Martna_vallavalitsus, lk 14
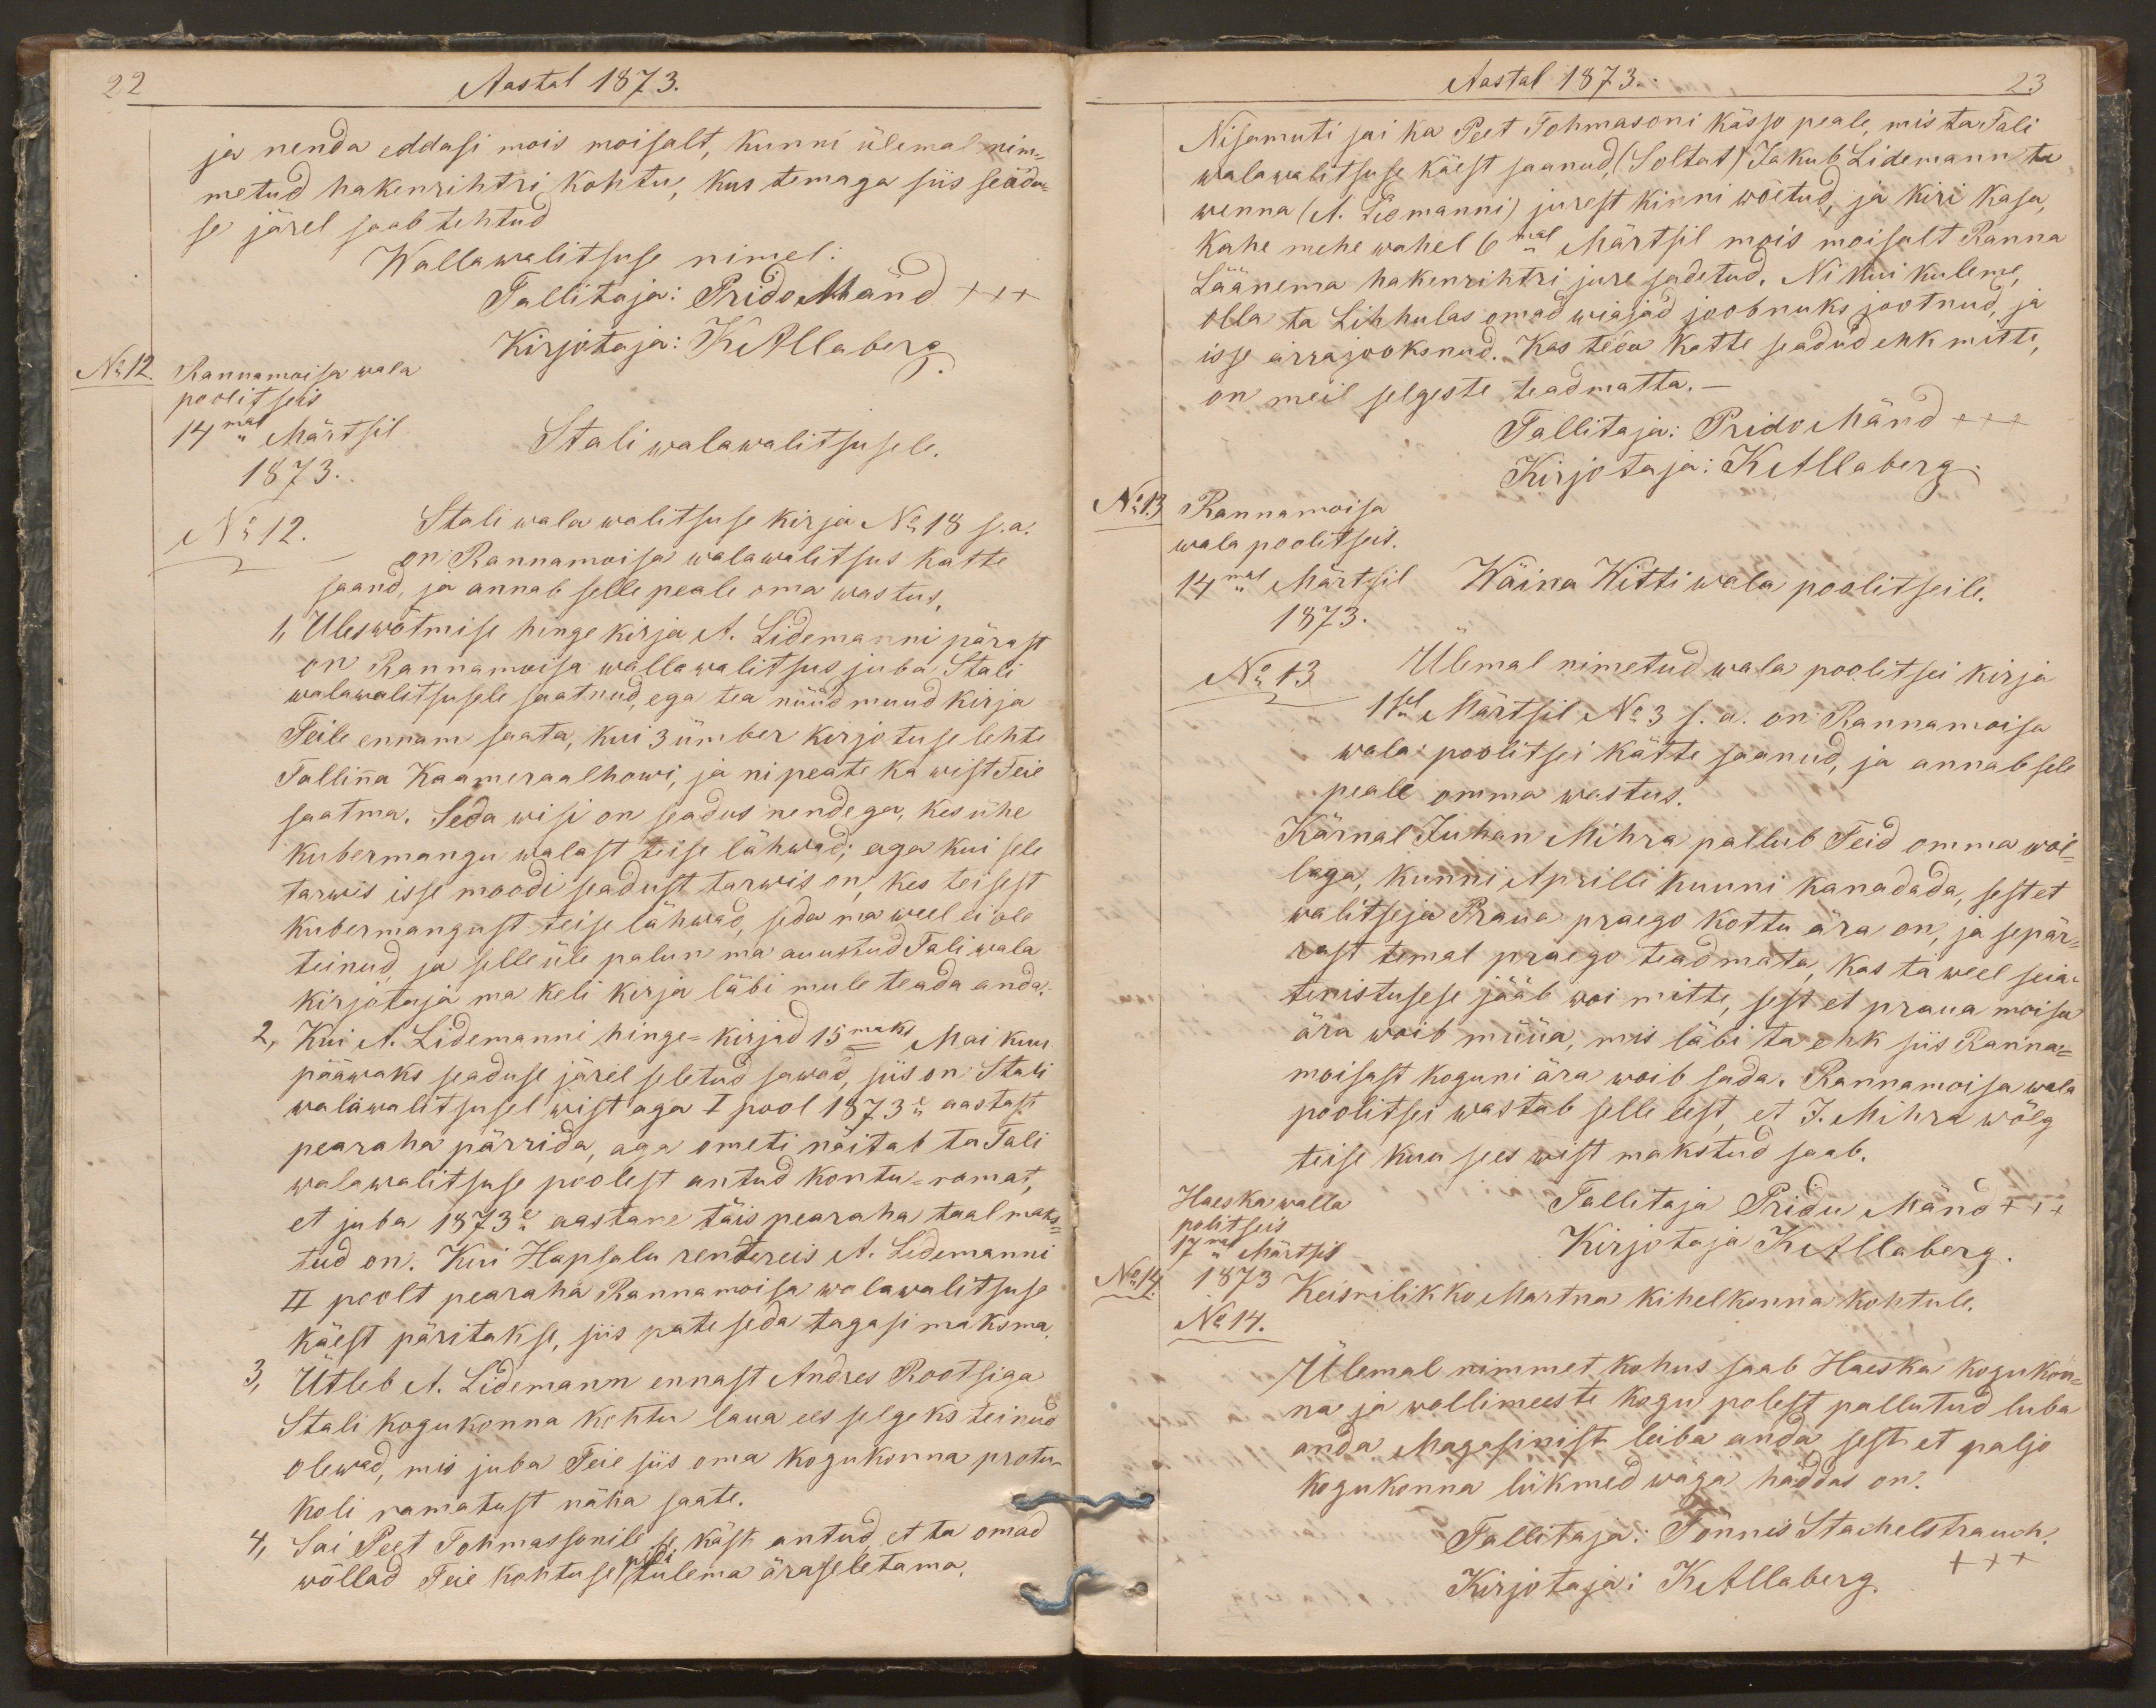
22
Aastal 1873.
ja nenda eddasi mois moisalt, kunni ülemal nim-
metud hakenrihtri kohtu, kus temaga siis seadu-
se järel saab tehtud
Wallawalitsuse nimel:
Tallitaja: Prido Mänd xxx
No12.
Rannamoisa wala
Kirjotaja: KAllaberg.
poolitseis
14mal Märtsil
Stali walawalitsusele.
1873.
No 12.
Stali wala walitsuse kirja No 18 s.a.
on Rannamoisa walawalitsus katte
saand, ja annab selle peale oma wastus.
1. Uleswõtmise hinge kirja A. Lidemanni pärast
on Rannamoisa wallawalitsus juba Stali
walawalitsusele saatnud, ega tea nüüd muud kirja
Teile ennam saata, kui 3 ümber kirjotuse lehte
Tallinna Kaameraalhowi, ja ni peate ka wist Teie
saatma. Seda wisi on seadus nendega, kes ühe
kubermangu walast teise lähwad; aga kui sele
tarwis isse moodi seadust tarwis on, kes teisest
kubermangust teise lähwad, seda ma weel ei ole
teinud, ja selle üle palun ma auustud Tali wala
kirjotaja ma keli kirja läbi mule teada anda.
2, Kui A. Lidemanni hinge-kirjad 15maks Mai kuu
pääwaks seaduse järel seletud sawad, siis on Stali
walawalitsusel wist aga I pool 1873e aastast
pearaha pärrida, aga ometi näitab ta Tali
walawalitsuse poolest antud kontu-ramat,
et juba 1873e aastane täis pearaha taal maks-
tud on. Kui Hapsalu rentereis A. Lidemanni
II poolt pearaha Rannamoisa walawalitsuse
käest päritakse, siis pate seda tagasi maksma.
3, Ütleb A. Lidemann ennast Andres Rootsiga
Stali kogukonna kohtu laua ees selgeks teinud
olewad, mis juba Teie siis oma kogukonna protu-
koli ramatust näha saate.
4, Sai Peet Tohmassonile se käsk antud et ta omad
wõllad Teie kohtuse pidi tulema äraseletama.

Aastal 1873.
23
Nisamuti sai ka Peet Tohmasoni kässo peale, mis ta Tali
walawalitsuse käest saanud, (Soltat) Jakub Lidemann ta
wenna (A. Lidmanni) jurest kinni wõetud, ja kiri kasa,
kahe mehe wahel 6mal Märtsil mois moisalt Ranna
Läänema hakenrihtri jure sadetud. Nii kui kuleme,
olla ta Lihhulas omad wiajad joobnuks jootnud, ja
isse ärrajooksnud. Kas teda kätte seadud ehk mitte,
on meil selgeste teadmatta.-
Tallitaja: Prido Mänd xxx
No 13
Rannamoisa
Kirjotaja: KAllaberg.
wala poolitseis.
14mal Märtsil
Wäina Witti wala poolitseile.
1873.
No 13
Ülemal nimetud wala poolitsei kirja
1sel Märtsil No 3 s. a. on Rannamoisa
wala poolitsei kätte saanud, ja annab sele
peale omma wastus.
Kärnal Juhan Mihra pallub Teid omma wõl-
laga, kunni Aprilli kuuni kanadada, sest et
walitseja Proua praego kottu ära on, ja sepär-
rast temal praego teadmata kas ta weel seia
tenistusese jääb woi mitte, sest et proua moisa
ära woib müüa, mis läbi ta ehk siis Ranna-
moisast koguni ära woib sada. Rannamoisa wala
poolitsei wastab selle eest, et J. Mihra wõlg
teise kuu sees wist makstud saab.
Haeska walla
Tallitaja Pridu Mänd xxx
politseis
17mal Märtsil
Kirjotaja KAllaberg
No 14.
1873
Keisrilikko Martna kihelkonna kohtule.
No 14.
Ülemal nimmet kohus saab Haeska kogukon-
na ja wollimeeste kogu polest pallutud luba
anda Magasinist leiba anda sest et paljo
kogukonna liikmed wäga häddas on.
Tallitaja: Tõnnis Stachelstrauch.
Kirjotaja: KAllaberg.
xxx